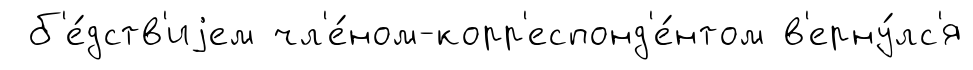
б'е́дств'иjем чл'е́ном-корр'еспонд'е́нтом в'ерну́лс'я